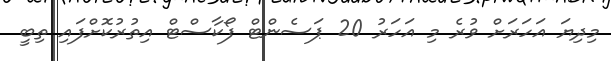
މިދިޔަ އަހަަރަށް ވުރެ މި އަހަރު 20 ޕަސެންޓް ފޯކާސްޓް އިތުރުކޮށްފައި ތިބީ